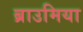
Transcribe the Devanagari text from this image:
ब्राउमिया